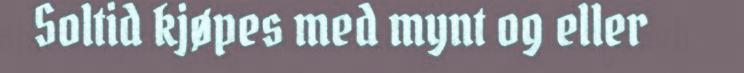
Soltid kjøpes med mynt og eller